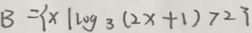
B = \{ x \vert \log _ { 3 } ( 2 x + 1 ) > 2 \}